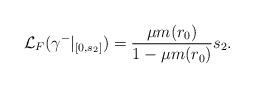
LaTeX: \begin{align*}\mathcal{L}_F({\gamma^-}|_{[0,s_2]})=\frac{\mu m(r_0)}{1-\mu m(r_0)}s_2.\end{align*}